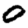
Digit: 0